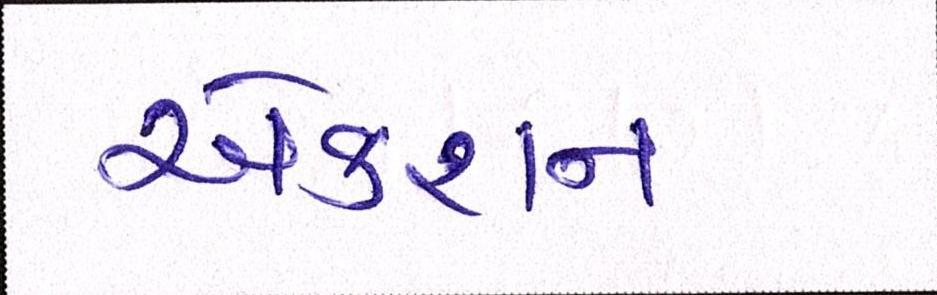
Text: એક્શન